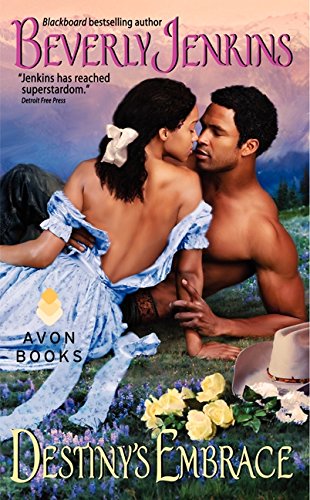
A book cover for Destiny's Embrace (Destiny Trilogy); Beverly Jenkins; Romance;